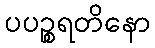
ပပဉ္စရတိနော